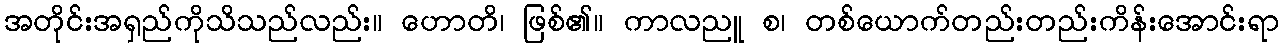
အတိုင်းအရှည်ကိုသိသည်လည်း။ ဟောတိ၊ ဖြစ်၏။ ကာလညူ စ၊ တစ်ယောက်တည်းတည်းကိန်းအောင်းရာ